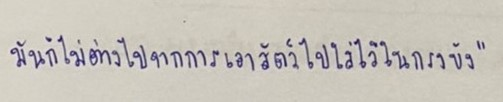
มันก็ไม่ต่างไปจากการเอาสัตว์ไปใส่ไว้ในกรงขัง"